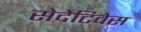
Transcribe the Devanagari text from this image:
सेदेटिवेस